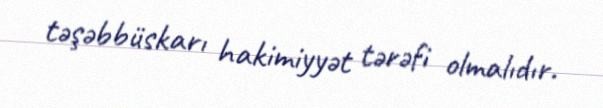
təşəbbüskarı hakimiyyət tərəfi olmalıdır.